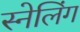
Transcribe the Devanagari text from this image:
स्नेलिंग